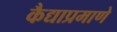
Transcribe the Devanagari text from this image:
कैद्याप्रमाणे